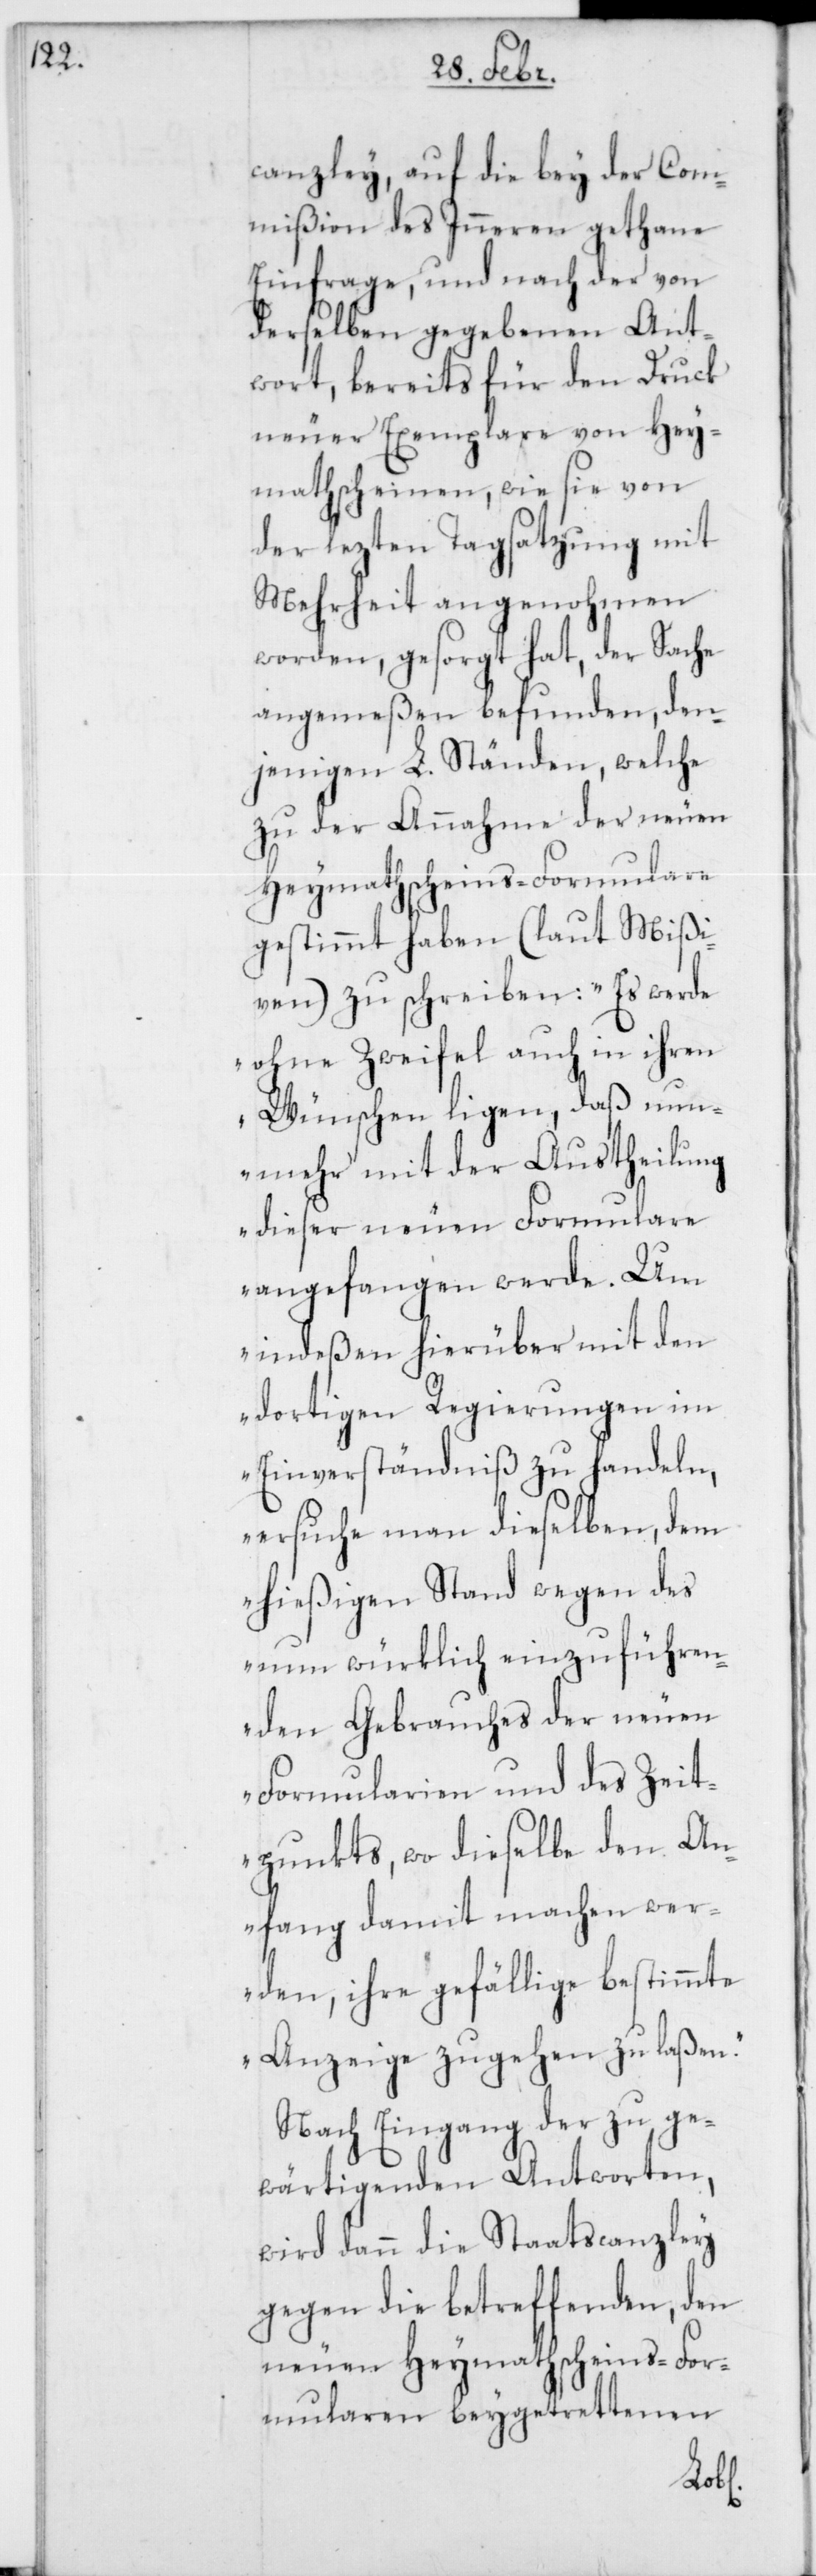
canzley auf die bey der Com¬
mißion des Inneren gethane
Einfrage, und nach der von
derselben gegebenen Ant¬
wort, bereits für den Druck
neuer Exemplare von Hey¬
mathscheinen, wie sie von
der lezten Tagsatzung mit
Mehrheit angenohmen
worden, gesorgt hat, der Sache
angemeßen befunden, den¬
jenigen L. Ständen, welche
zu der Annahme der neuen
Heymathscheins-Formulare
gestimmt haben (laut Mißi¬
ven) zu schreiben: „Es werde
ohne Zweifel auch in ihren
Wünschen ligen, daß nun¬
mehr mit der Austheilung
dieser neuen Formulare
angefangen werde. Um
indeßen hierüber mit den
dortigen Regierungen im
Einverständniß zu handeln,
ersuche man dieselben, dem
hießigen Stand wegen des
nun würklich einzuführen¬
den Gebrauches der neuen
Formularien und des Zeit¬
punkts, wo dieselbe den An¬
fang damit machen wer¬
den, ihre gefällige bestimmte
Anzeige zugehen zu laßen.“
Nach Eingang der zu ge¬
wärtigenden Antworten,
wird dann die Staatscanzley
gegen die betreffenden, den
neuen Heymathscheins-For¬
mularen beygetrettenen